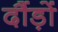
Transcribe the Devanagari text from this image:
दौंड़ों